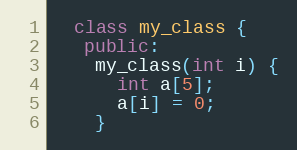
Language: C++
  class my_class {
   public:
    my_class(int i) {
      int a[5];
      a[i] = 0;
    }